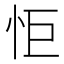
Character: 怇